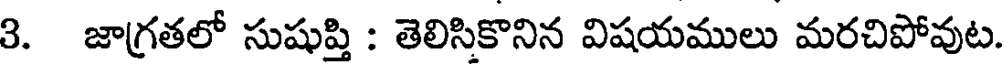
3. జాగ్రతలో సుషుప్తి : తెలిసికొనిన విషయములు మరచిపోవుట.